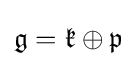
\displaystyle {{\mathfrak {g}}={\mathfrak {k}}\oplus {\mathfrak {p}}}